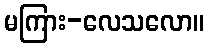
မကြား-လေသလော။